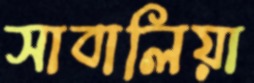
সাবালিয়া